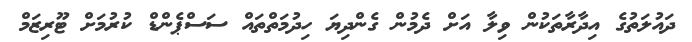
ދައުލަތުގެ އިދާރާތަކުން ވިލާ އަށް ދެމުން ގެންދިޔަ ހިދުމަތްތައް ސަސްޕެންޑް ކުރުމަށް ޓޫރިޒަމް